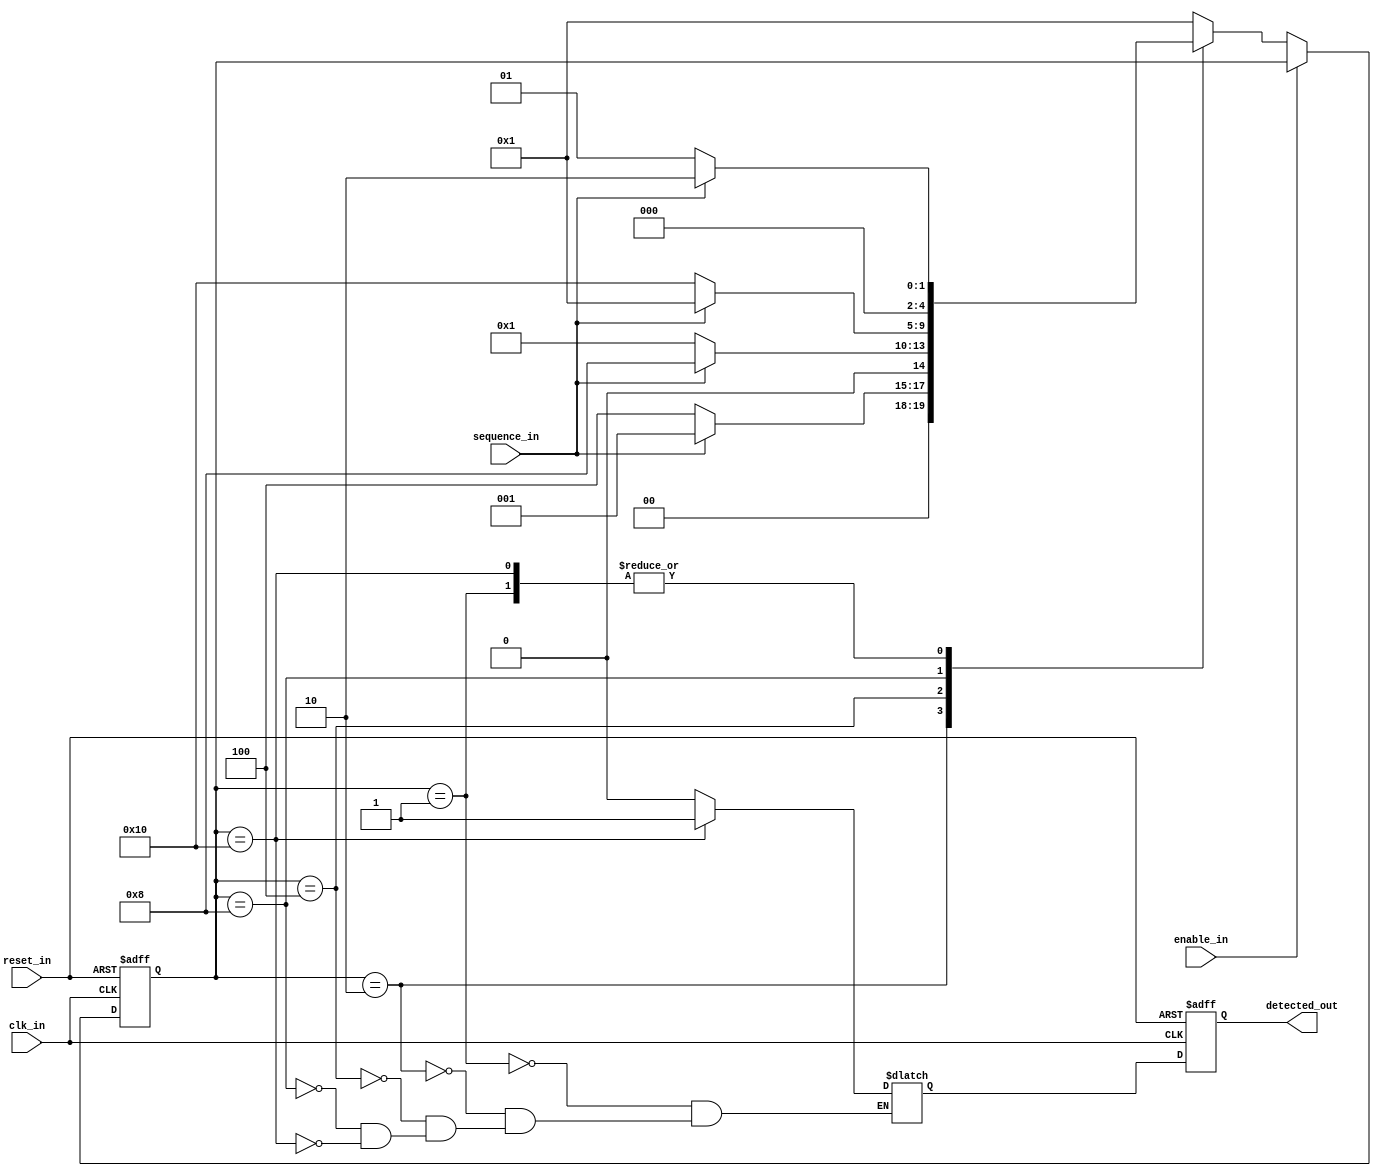
module fsm_moore_1010(input reset_in,enable_in,clk_in,sequence_in,output detected_out);

localparam IDLE=5'b00001,			
	   GOT1=5'b00010,
	   GOT10=5'b00100,
	   GOT101=5'b01000,
	   GOT1010=5'b10000;   // naming states 

reg [4:0]present_state,next_state; // state handling registers
reg dout_next,dout_present; // output handling DFF


// ps logic

always@(posedge clk_in,negedge reset_in)
begin
		if(reset_in==0)
			begin
				dout_present<=1'b0;
	  			present_state<=IDLE; 		end
		else
			begin
				present_state<=next_state;
				dout_present<=dout_next;				
			end

end
// ns logic comb logic

always@(*)
begin
		if(enable_in==0)
				begin
				next_state=present_state;
					case(present_state)
						IDLE: begin next_state=(sequence_in==1'b1)?GOT1:IDLE;  end
						GOT1: begin next_state=(sequence_in==1'b0)?GOT10:IDLE; end
						GOT10: begin next_state=(sequence_in==1'b1)?GOT101:IDLE; end
						GOT101: begin next_state=(sequence_in==1'b0)?GOT1010:IDLE;  end
						GOT1010: begin next_state=(sequence_in==1'b0)?IDLE:GOT1;  end

						default: begin next_state=IDLE;  end


					endcase
				end
		else
			 begin
				next_state=present_state;
			end
end
// op logic
always@(present_state)
begin
	case(present_state)
			IDLE : dout_next=1'b0;
			GOT1 : dout_next=1'b0;
			GOT10 : dout_next=1'b0;
			GOT101 : dout_next=1'b0;
			GOT1010 : dout_next=1'b1;
	endcase
end


assign detected_out=dout_present;


endmodule